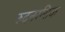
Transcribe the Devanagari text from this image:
रुदनरसिक